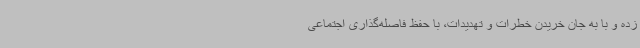
زده و با به جان خریدن خطرات و تهدیدات، با حفظ فاصله‌گذاری اجتماعی